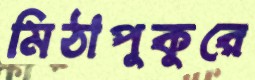
মিঠাপুকুরে